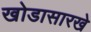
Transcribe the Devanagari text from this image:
खोडासारखे